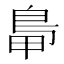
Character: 𪀋